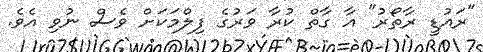
"ރައުޑީ ރާތޯރު" އާ ގާތް ކުރާ ވަރުގެ ފިލްމަކަށް ވެސް ނުވި އެވެ.